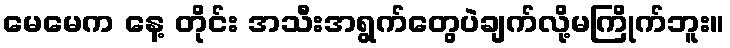
မေမေက နေ့ တိုင်း အသီးအရွက်တွေပဲချက်လို့မကြိုက်ဘူး။